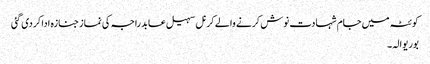
کوئٹہ میں جام شہادت نوش کرنے والے کرنل سہیل عابد راجہ کی نماز جنازہ ادا کر دی گئی
بوریوالہ۔